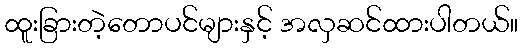
ထူးခြားတဲ့တောပင်များနှင့် အလှဆင်ထားပါတယ်။